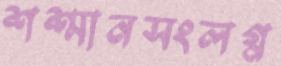
শশ্মানসংলগ্ন